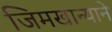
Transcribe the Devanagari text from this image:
जिमखान्याने